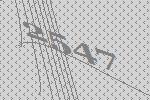
2547